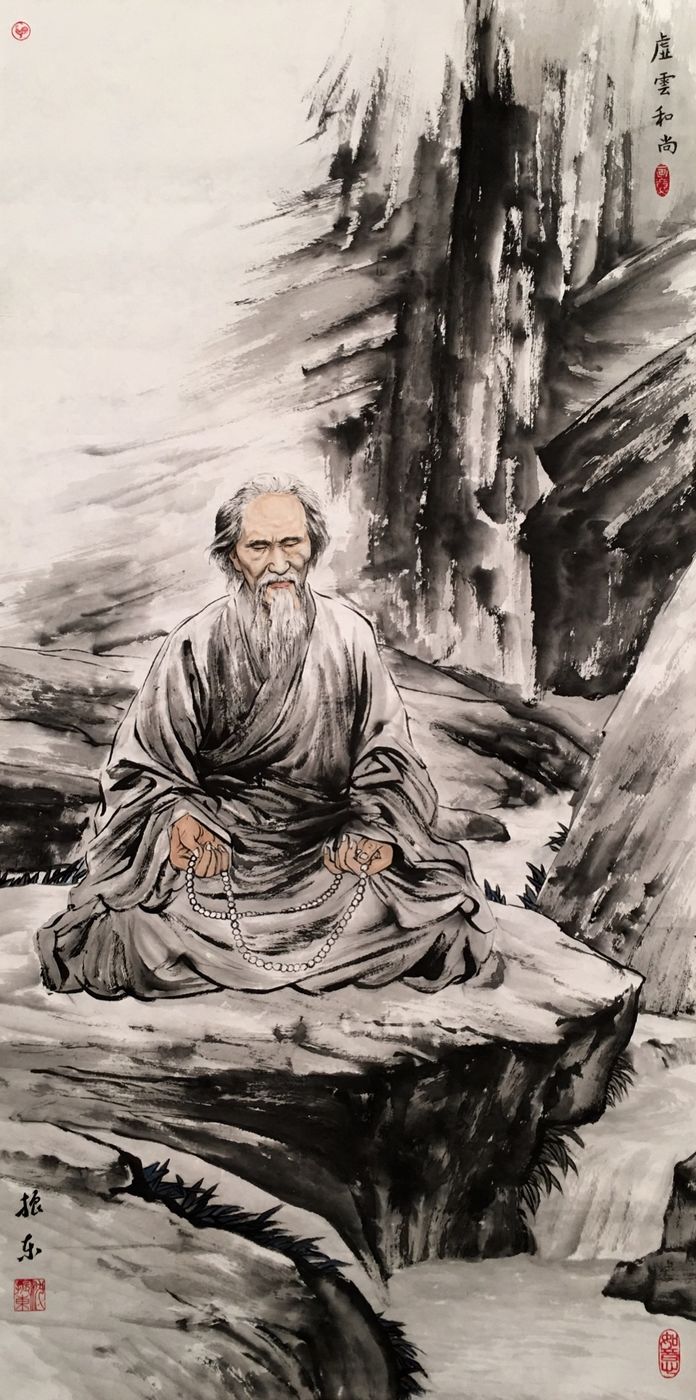
君看六幅南朝事，老木寒云满故城。